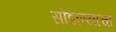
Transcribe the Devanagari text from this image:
सोडाण्याचा